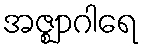
အဇ္ဈာဂါရေ